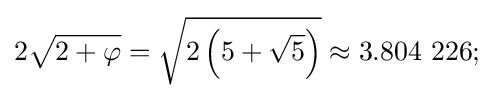
2{\sqrt {2+\varphi }}={\sqrt {2\left(5+{\sqrt {5}}\right)}}\approx 3.804~226;